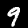
Digit: 9